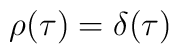
\rho (\tau) = \delta (\tau)